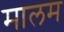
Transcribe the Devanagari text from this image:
मालम